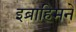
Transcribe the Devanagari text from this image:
इब्राहिमने